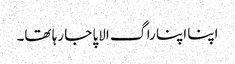
اپنا اپنا راگ الاپا جا رہا تھا۔